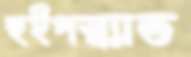
হুইপস্ন্যাড